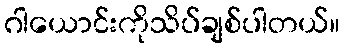
ဂါယောင်းကိုသိပ်ချစ်ပါတယ်။